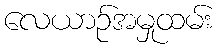
လေယာဉ်အမှုထမ်း